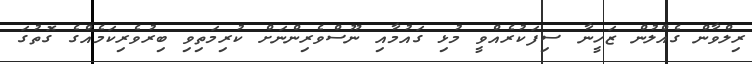
ރިލްވާން ގެއްލުން ޒަހީނާ ސިފަކުރެއްވީ މުޅި ގައުމާއި ނޫސްވެރިންނަށް ކުރިމަތިވި ބިރުވެރިކަމެއްގެ ގޮތުގަ